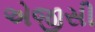
એજીસી